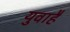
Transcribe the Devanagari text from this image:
युवाहै